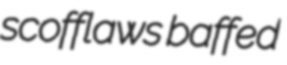
scofflaws baffed